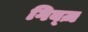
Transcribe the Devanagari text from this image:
गिब्ज़